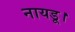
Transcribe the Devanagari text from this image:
नायडू।